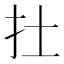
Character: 扗